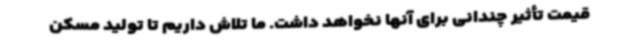
قیمت تأثیر چندانی برای آنها نخواهد داشت. ما تلاش داریم تا تولید مسکن